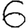
Digit: 6